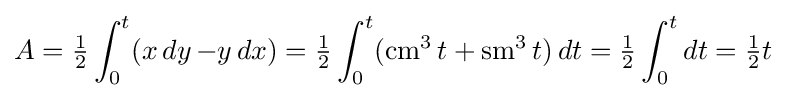
A={\tfrac {1}{2}}\int _{0}^{t}(x\mathop {dy} -y\mathop {dx} )={\tfrac {1}{2}}\int _{0}^{t}(\operatorname {cm} ^{3}t+\operatorname {sm} ^{3}t)\mathop {dt} ={\tfrac {1}{2}}\int _{0}^{t}dt={\tfrac {1}{2}}t